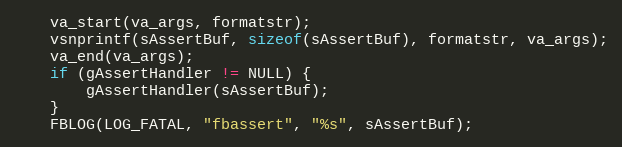
Language: C++
    va_start(va_args, formatstr);
    vsnprintf(sAssertBuf, sizeof(sAssertBuf), formatstr, va_args);
    va_end(va_args);
    if (gAssertHandler != NULL) {
        gAssertHandler(sAssertBuf);
    }
    FBLOG(LOG_FATAL, "fbassert", "%s", sAssertBuf);